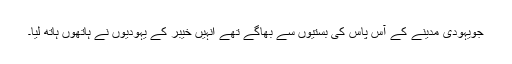
جویہودی مدینے کے آس پاس کی بستیوں سے بھاگے تھے انہیں خیبر کے یہودیوں نے ہاتھوں ہاتھ لیا۔